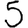
Digit: 5